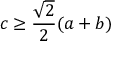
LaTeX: c \geq { \frac { \sqrt { 2 } } { 2 } } ( a + b )